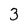
Character: 3